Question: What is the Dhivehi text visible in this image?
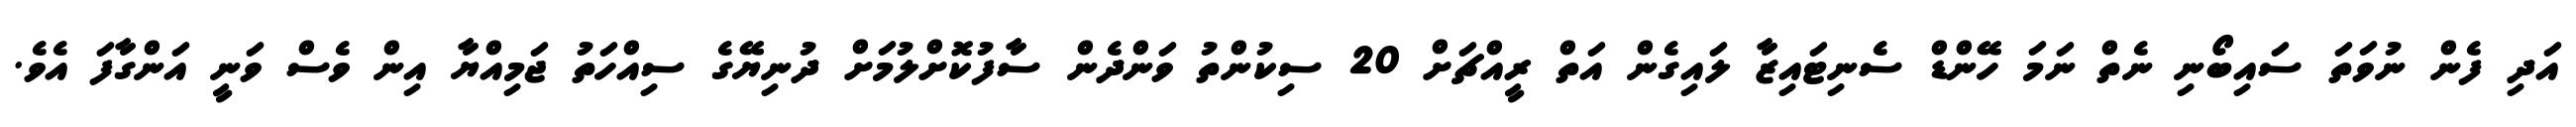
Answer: އަދި ފެން ނުވަތަ ސައިބޯނި ނެތް ނަމަ ހޭންޑް ސެނިޓައިޒާ ލައިގެން އަތް ރީއްޗަށް 20 ސިކުންތު ވަންދެން ސާފުކޮށްލުމަށް ދުނިޔޭގެ ސިއްހަތު ޖަމިއްޔާ އިން ވެސް ވަނީ އަންގާފަ އެވެ.